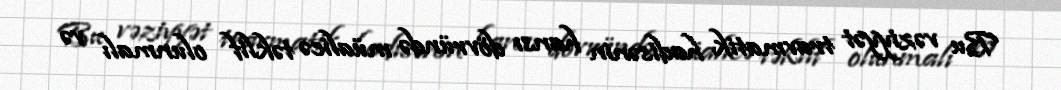
Bu vəziyyət travmatik hadisənin hansı dövründə müalicə təklif olunmalı və